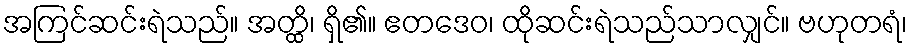
အကြင်ဆင်းရဲသည်။ အတ္ထိ၊ ရှိ၏။ ဧတဒေဝ၊ ထိုဆင်းရဲသည်သာလျှင်။ ဗဟုတရံ၊